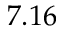
7 . 1 6